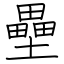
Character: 壘